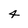
Character: 4